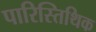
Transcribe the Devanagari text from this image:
पारिस्तिथिक